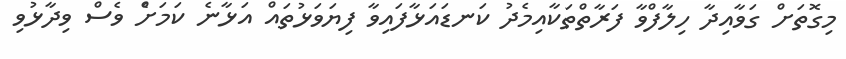
މިގޮތަށް ގަވާއިދާ ހިލާފްވާ ފަރާތްތަކާއިމެދު ކަނޑައަޅާފައިވާ ފިޔަވަޅުތައް އަޅާނެ ކަމަށެް ވެސް ވިދާޅުވި